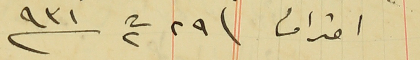
احترامنا فى ٢٩ ت٢ سنة ٩٣١